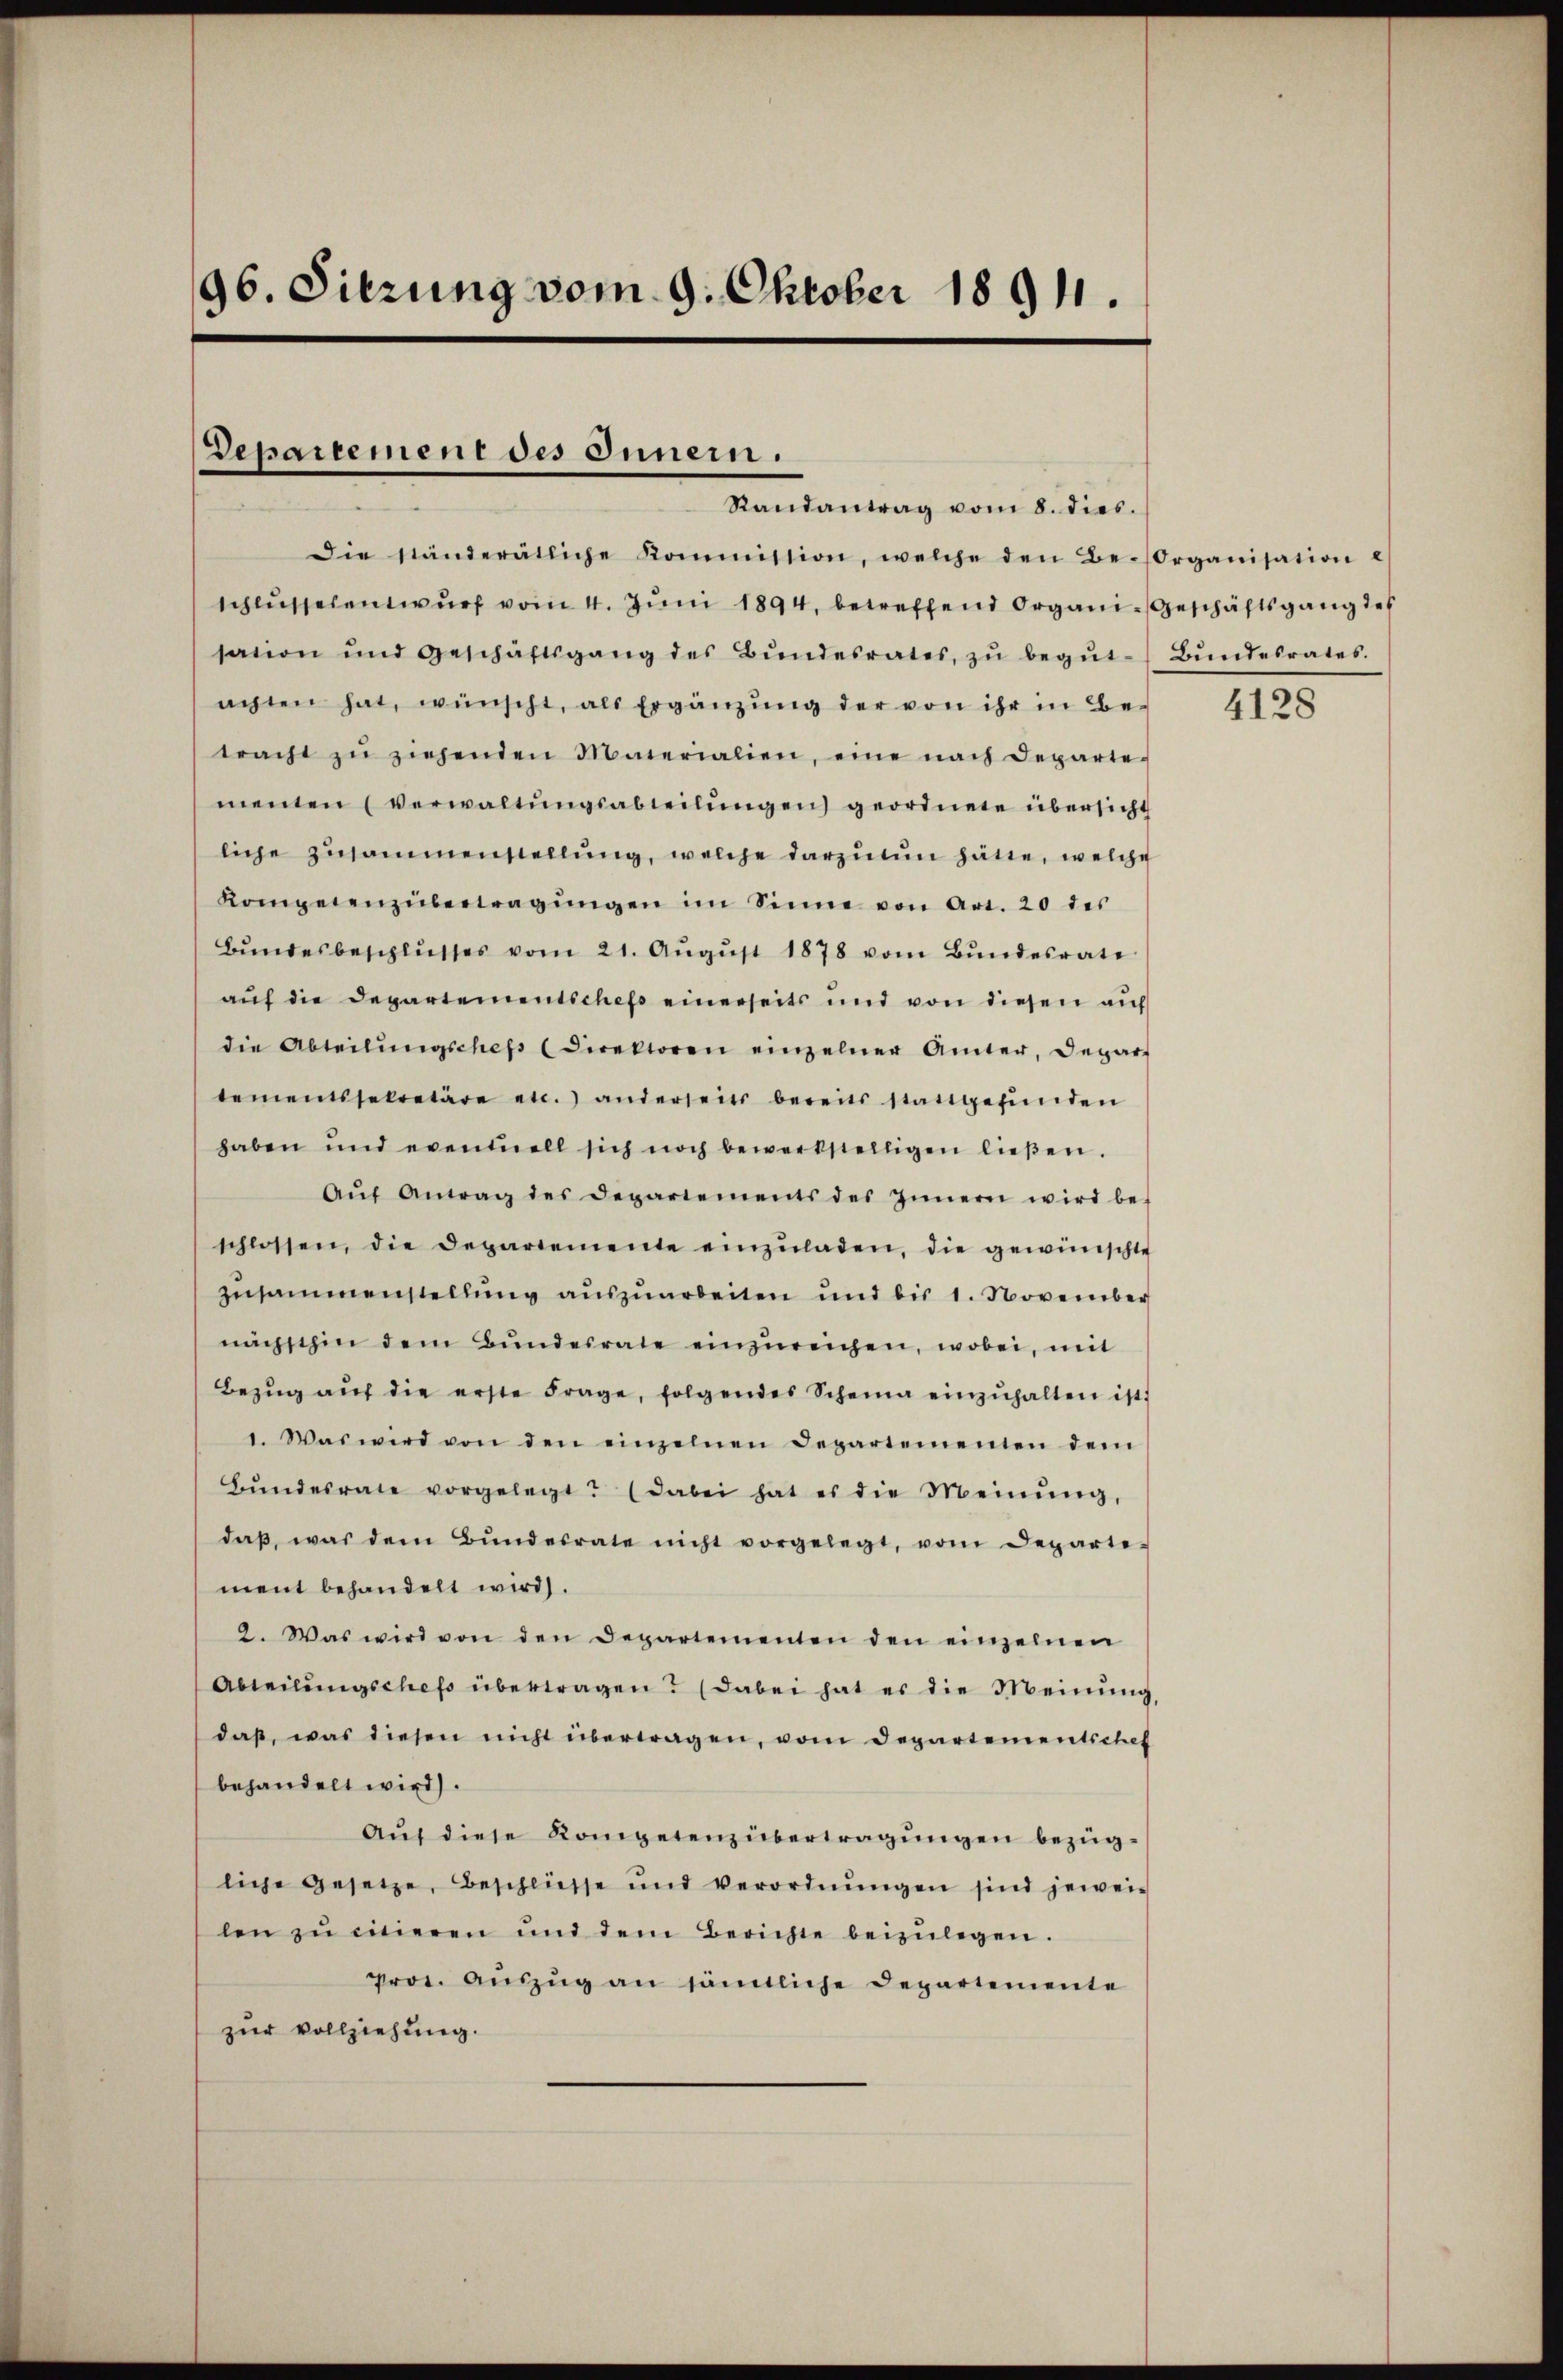
96. Sitzung vom 9. Oktober 1891.

Departement des Innern.
Randantrag vom 8. dies.

Die ständerätliche Kommission, welche den Be-Organisation e
schlŭssesentwurf vom 4. Juni 1894. betreffend Organi-Geschäftsgang des
sation und Geschäftsgang des Bŭndesrates, zŭ begŭt-Bŭndesrates.
achten hat, wünscht, als Ergänzŭng der von ihr in Betracht zŭ ziehenden Materialien, eine nach Departe-
menten (verwaltŭngsabteilŭngen geordnete übersicht
liche Zusammenstellŭng, welche darzutn hätte, welche
Kompetenzübertragŭngen im Sinne von Art. 20 des
Bŭndesbeschlŭsses vom 21. Aŭgŭst 1878 vom Bŭndesrate
auf die Departementsches einerseits und von diesen auf
die Abteilŭngschef (Direktoren einzelner Amter, Depar-
tementssekretäre etc. anderseits bereits stattgefŭnden
haben und eventuell sich noch bewerkstelligen ließen.
Aŭf Antrag des Departements des Innern wird be-
schlossen, die Departemente einzŭladen, die gewünschte
zusammenstellung auszuarbeiten und bis 1. November
nachschin dem Bŭndesrate einzŭreichen, wobei, mit
Bezŭg aŭf die erste Frage, folgendes Scheina einzŭhalten ist.
1. Was wird von den einzelnen Departementen dem
Bŭndesrate vorgelegt? (dabei hat es die Meinŭng,
daβ, was dem Bŭndesrate nicht vorgelegt, vom Departe-
ment behandelt wird.
2. Was wird von den Departementen den einzelnen
Abteilŭngschef übertragen? (Dabei hat er die Meinŭng,
daβ, was diesen nicht übertragen, vom Departementschet
behandelt wird.
Aŭf diese Kompetenz übertragungen bezügliche Gesetze, Beschliesse und verordnŭngen sind jewei-
len zŭ citieren und dem Berichte beizŭlegen.
prot. Aŭszŭg an sämtliche Departemente
zur Vollziehung.

4128